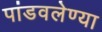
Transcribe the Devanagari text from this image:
पांडवलेण्या